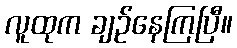
လူထုက ချဉ်နေကြပြီ။